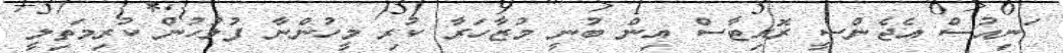
ަނިއުސް އެޖެންސީ ރޮއިޓާސް އިން ބުނީ މުޒާހަރާ ކުރި މީހުންނާ ފުލުހުން ކުރިމަތިލީ